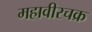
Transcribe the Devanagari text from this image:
महावीरचक्र